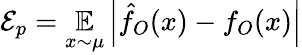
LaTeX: {\cal{E}}_{p}=\underset{x\sim\mu}{\mathbb{E}}\left|\hat{f}_{O}(x)-f_{O}(x)\right|